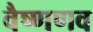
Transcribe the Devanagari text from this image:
वैष्णणव